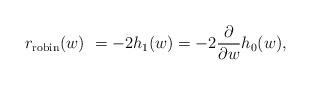
LaTeX: \begin{align*}r_{\rm robin}(w)\ =-2h_1(w)=-2\frac{\partial}{\partial w}h_0(w),\end{align*}